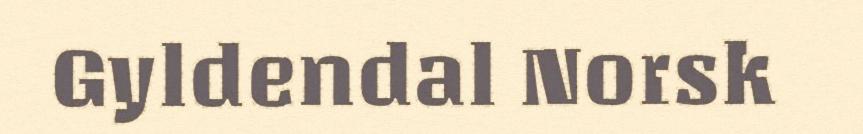
Gyldendal Norsk